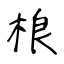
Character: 桹